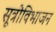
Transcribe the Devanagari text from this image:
सूत्रोविभाजन